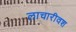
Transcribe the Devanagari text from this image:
लाचारीवश